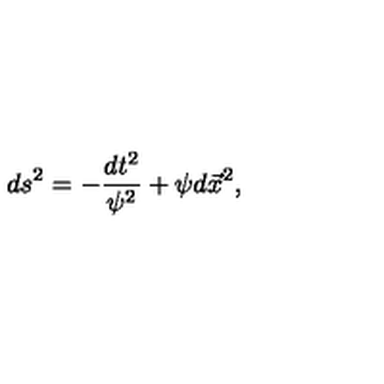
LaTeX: d s ^ { 2 } = - \frac { d t ^ { 2 } } { \psi ^ { 2 } } + \psi d \vec { x } ^ { 2 } ,